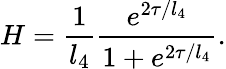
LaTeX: H=\frac{1}{l_{4}}\frac{e^{2\tau/l_{4}}}{1+e^{2\tau/l_{4}}}.